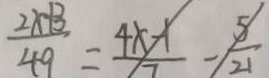
\frac { 2 x + 3 } { 4 9 } = \frac { 4 x - 1 } { 7 } - \frac { 5 } { 2 1 }